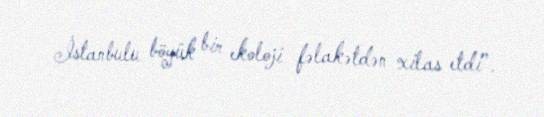
İstanbulu böyük bir ekoloji fəlakətdən xilas etdi”.